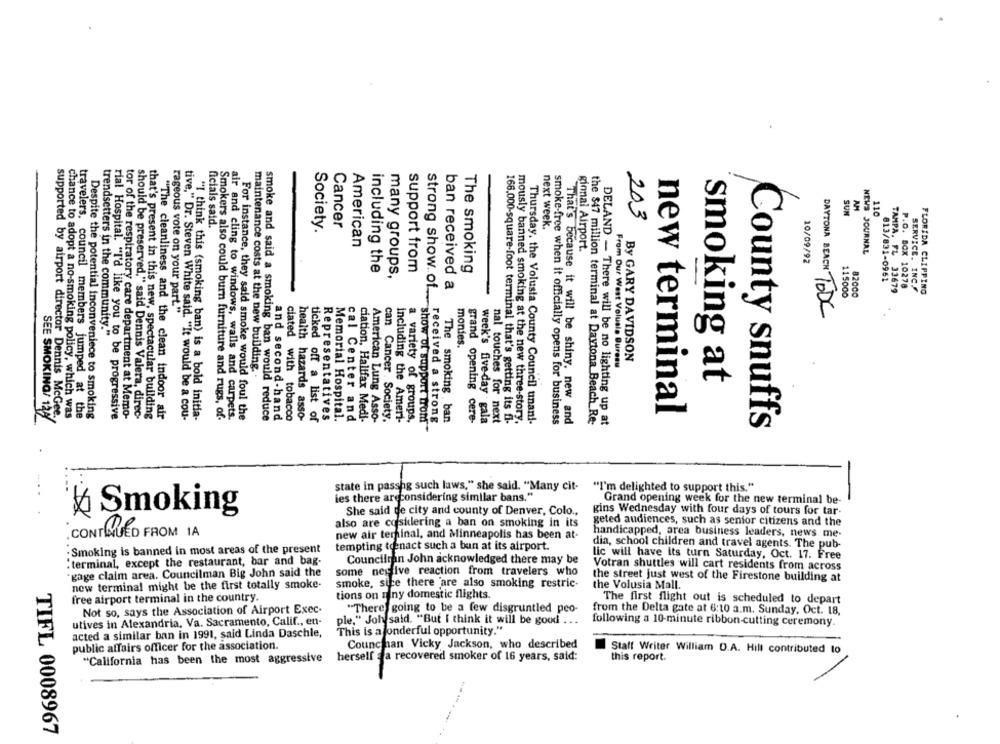
AM
SUN
110
ficials said.
Cancer
203
Society.
next week.
American
gional Airport.
NEWS JOURNAL
10/09/92
including the
many groups,
support from
The smoking
813/831-0961
strong show .. of.
ban received a
TAMPA, FL 33679
P.O. BOX 10278
SERVICE, INC /
FLORIDA CLIPPING
115000
82000
rageous vote on your part."
DAYTONA BEACH TODC
trendsetters in the community."
montes.
From Our West Volusia Bureau
By GARY DAVIDSON
maintenance costs at the new building ..
smoking at
supported by airport director Dennis McGee.
chance to adopt a no-smoking policy, which was
travelers, council members jumped at the
Despite the potential inconveniece to smoking
rial Hospital. "I'd like you to be progressive
tor of the respiratory care department at Memo-
should be preserved," said Dennis Valera, direc-
that's present in this new, spectacular building
"The cleanliness and the clean indoor air
tive," Dr. Steven White said. "It would be a cou-
"I think this (smoking ban) is a bold initia-
Smokers also could burn furniture and rugs, of-
air and cling to windows, walls and carpets.
For instance, they said smoke would foul the
smoke and said a smoking ban would reduce
ciated with tobacco
health hazards asso-
Representatives
Memorial Hospital.
ciation, Halifax Medi-
can Cancer . Society.
new terminal
SEE SMOKING/ 12/
and second-hand
ticked off a list of
cal Center and
American Lung Asso-
including the Ameri-
a variety of groups,
show of support from"
received a strong
The smoking ban
grand opening cere-
week's five-day gala
nal touches for next
166,000-square-foot terminal that's getting its di-
mously banned smoking at the new three-story.
Thursday, the Volusta County Council unanl-
smoke-free when it officially opens for business
That's because it will be shiny. new and
the $47 million terminal at Daytona Beach_Re-
DELAND - There will be no lighting up at
County snuffs
state in passhg such laws," she said. "Many cit-
"I'm delighted to support this."
ies there areconsidering similar bans."
Grand opening week for the new terminal be-
She said de city and county of Denver, Colo .,
gins Wednesday with four days of tours for tar-
₭ Smoking
also are cosidering a ban on smoking in its
geted audiences, such as senior citizens and the
CONTINUED FROM IA
new air terminal, and Minneapolis has been at-
handicapped, area business leaders, news me-
dia, school children and travel agents. The pub-
· Smoking is banned in most areas of the present
tempting toenact such a ban at its airport.
lic will have its turn Saturday, Oct. 17. Free
: terminal, except the restaurant, bar and bag-
Councilman John acknowledged there may be
Votran shuttles will cart residents from across
"gage claim area. Councilman Big John said the
some neg live reaction from travelers who
the street just west of the Firestone building at
new terminal might be the first totally smoke-
smoke, sice there are also smoking restric-
the Volusia Mall.
tions on miny domestic flights.
free airport terminal in the country.
The first flight out is scheduled to depart
Not so, says the Association of Airport Exec.
"There going to be a few disgruntled peo-
from the Delta gate at 6:10 a.m. Sunday, Oct. 18,
utives in Alexandria, Va. Sacramento, Calif ., en-
ple," Joh said. "But I think it will be good ...
following a 10-minute ribbon-cutting ceremony.
acted a similar ban in 1991, said Linda Daschle,
This is a onderful opportunity."
public affairs officer for the association.
Counchan Vicky Jackson, who described
Staff Writer William D.A. Hill contributed to
"California has been the most aggressive
herself _a recovered smoker of 16 years, said:
this report.
TIFL 0008967